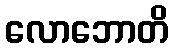
လောဘောတိ